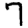
Digit: 7